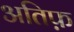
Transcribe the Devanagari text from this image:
अतिफ़